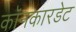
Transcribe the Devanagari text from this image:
कॉनकारडेट